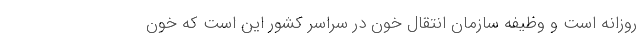
روزانه است و وظیفه سازمان انتقال خون در سراسر کشور این است که خون